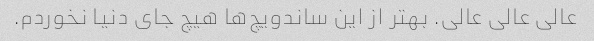
عالی عالی عالی. بهتر از این ساندویچ‌ها هیچ جای دنیا نخوردم.